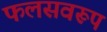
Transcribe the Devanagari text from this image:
फलसवरूप